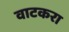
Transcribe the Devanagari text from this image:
वाटकरा